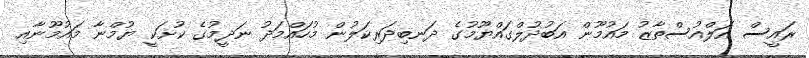
ރައީސް އަލްއުސްތާޒު މައުމޫން އަބުދުލްގައްޔޫމުގެ ދަނބިދަރިކަލުން މުހައްމަދު ނަދީމުގެ ކުށަކީ ޔުމްނާ މައުމޫނާއި